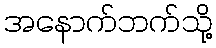
အနောက်ဘက်သို့